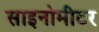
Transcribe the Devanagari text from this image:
साइनोमीटर